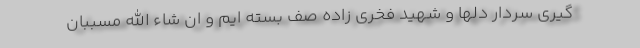
گیری سردار دلها و شهید فخری زاده صف بسته ایم و ان شاء الله مسببان